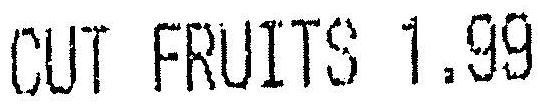
CUT FRUITS 1.99